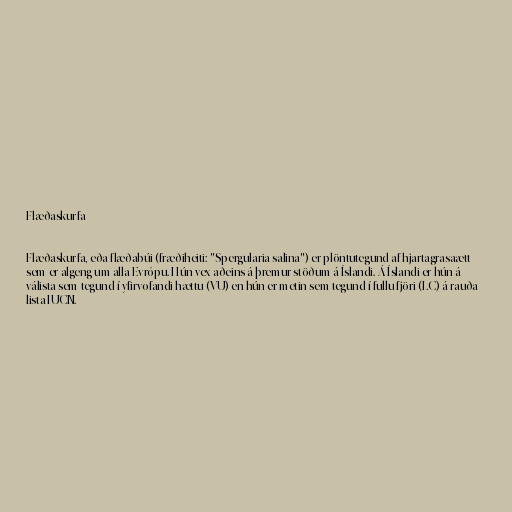
Flæðaskurfa

Flæðaskurfa, eða flæðabúi (fræðiheiti: "Spergularia salina") er plöntutegund af hjartagrasaætt
sem er algeng um alla Evrópu. Hún vex aðeins á þremur stöðum á Íslandi. Á Íslandi er hún á
válista sem tegund í yfirvofandi hættu (VU) en hún er metin sem tegund í fullu fjöri (LC) á rauða
lista IUCN.